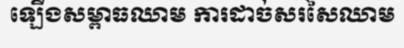
ឡើងសម្ពាធឈាម ការដាច់សរសៃឈាម